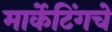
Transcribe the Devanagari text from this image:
मार्केटिंगचे